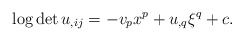
\begin{align*} \log\det u_{,ij}=-v_px^p+u_{,q}\xi^q+c. \end{align*}